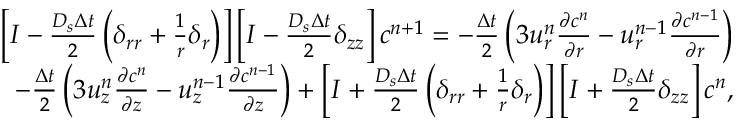
\begin{array} { r } { \left[ I - \frac { D _ { s } \Delta t } { 2 } \left( \delta _ { r r } + \frac { 1 } { r } \delta _ { r } \right) \right] \left[ I - \frac { D _ { s } \Delta t } { 2 } \delta _ { z z } \right] c ^ { n + 1 } = - \frac { \Delta t } { 2 } \left( 3 u _ { r } ^ { n } \frac { \partial c ^ { n } } { \partial r } - u _ { r } ^ { n - 1 } \frac { \partial c ^ { n - 1 } } { \partial r } \right) } \\ { - \frac { \Delta t } { 2 } \left( 3 u _ { z } ^ { n } \frac { \partial c ^ { n } } { \partial z } - u _ { z } ^ { n - 1 } \frac { \partial c ^ { n - 1 } } { \partial z } \right) + \left[ I + \frac { D _ { s } \Delta t } { 2 } \left( \delta _ { r r } + \frac { 1 } { r } \delta _ { r } \right) \right] \left[ I + \frac { D _ { s } \Delta t } { 2 } \delta _ { z z } \right] c ^ { n } , } \end{array}